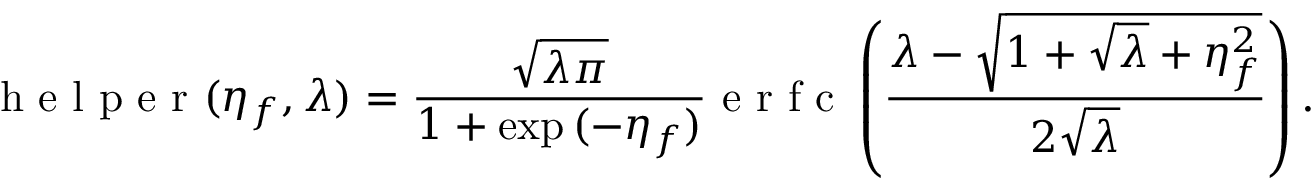
\mathrm { ~ h ~ e ~ l ~ p ~ e ~ r ~ } ( \eta _ { f } , \lambda ) = \frac { \sqrt { \lambda \pi } } { 1 + \exp { ( - \eta _ { f } ) } } \mathrm { ~ e ~ r ~ f ~ c ~ } \left( \frac { \lambda - \sqrt { 1 + \sqrt { \lambda } + \eta _ { f } ^ { 2 } } } { 2 \sqrt { \lambda } } \right) .